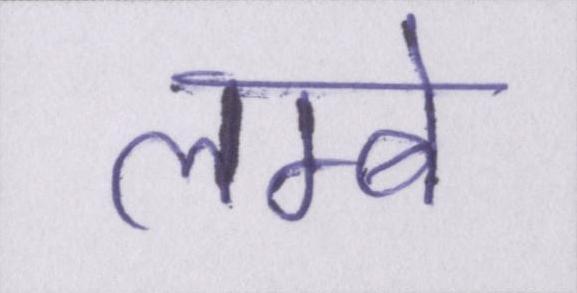
लम्बे